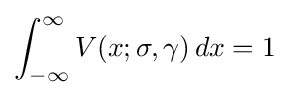
\int _{-\infty }^{\infty }V(x;\sigma ,\gamma )\,dx=1